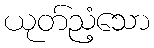
ယုတ်ညံ့သော